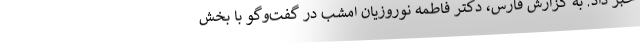
خبر داد. به گزارش فارس، دکتر فاطمه نوروزیان امشب در گفت‌وگو با بخش